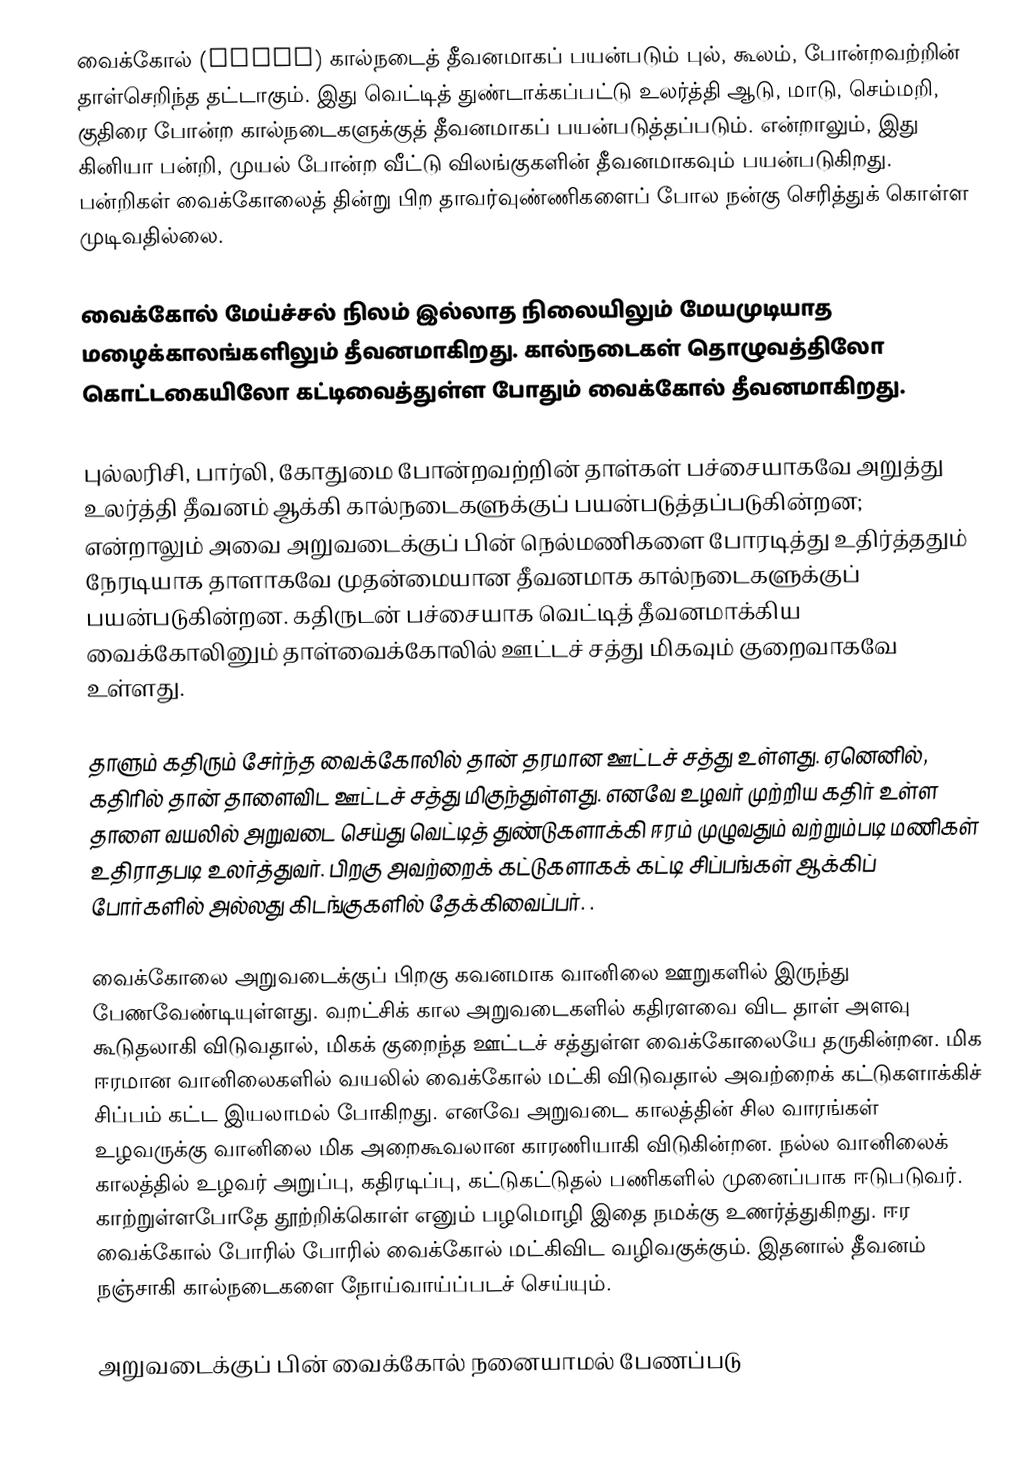
வைக்கோல் (Straw) கால்நடைத் தீவனமாகப் பயன்படும் புல், கூலம், போன்றவற்றின் தாள்செறிந்த தட்டாகும். இது வெட்டித் துண்டாக்கப்பட்டு உலர்த்தி ஆடு, மாடு, செம்மறி, குதிரை போன்ற கால்நடைகளுக்குத் தீவனமாகப் பயன்படுத்தப்படும். என்றாலும், இது கினியா பன்றி, முயல் போன்ற வீட்டு விலங்குகளின் தீவனமாகவும் பயன்படுகிறது. பன்றிகள் வைக்கோலைத் தின்று பிற தாவர்வுண்ணிகளைப் போல நன்கு செரித்துக் கொள்ள முடிவதில்லை.

வைக்கோல் மேய்ச்சல் நிலம் இல்லாத நிலையிலும் மேயமுடியாத மழைக்காலங்களிலும் தீவனமாகிறது. கால்நடைகள் தொழுவத்திலோ கொட்டகையிலோ கட்டிவைத்துள்ள போதும் வைக்கோல் தீவனமாகிறது.

புல்லரிசி, பார்லி, கோதுமை போன்றவற்றின் தாள்கள் பச்சையாகவே  அறுத்து உலர்த்தி தீவனம் ஆக்கி கால்நடைகளுக்குப் பயன்படுத்தப்படுகின்றன; என்றாலும் அவை அறுவடைக்குப் பின் நெல்மணிகளை போரடித்து உதிர்த்ததும் நேரடியாக தாளாகவே முதன்மையான தீவனமாக கால்நடைகளுக்குப் பயன்படுகின்றன. கதிருடன் பச்சையாக வெட்டித் தீவனமாக்கிய வைக்கோலினும் தாள்வைக்கோலில் ஊட்டச் சத்து மிகவும் குறைவாகவே உள்ளது.

தாளும் கதிரும் சேர்ந்த வைக்கோலில் தான் தரமான ஊட்டச் சத்து உள்ளது. ஏனெனில், கதிரில் தான் தாளைவிட  ஊட்டச் சத்து மிகுந்துள்ளது. எனவே உழவர் முற்றிய கதிர் உள்ள தாளை வயலில் அறுவடை செய்து வெட்டித் துண்டுகளாக்கி ஈரம் முழுவதும் வற்றும்படி மணிகள் உதிராதபடி உலர்த்துவர். பிறகு அவற்றைக் கட்டுகளாகக் கட்டி சிப்பங்கள் ஆக்கிப் போர்களில் அல்லது கிடங்குகளில் தேக்கிவைப்பர். .

வைக்கோலை அறுவடைக்குப் பிறகு கவனமாக வானிலை ஊறுகளில் இருந்து பேணவேண்டியுள்ளது. வறட்சிக் கால அறுவடைகளில் கதிரளவை விட தாள் அளவு கூடுதலாகி விடுவதால், மிகக் குறைந்த ஊட்டச் சத்துள்ள வைக்கோலையே தருகின்றன. மிக ஈரமான வானிலைகளில் வயலில் வைக்கோல் மட்கி விடுவதால் அவற்றைக் கட்டுகளாக்கிச் சிப்பம் கட்ட இயலாமல் போகிறது. எனவே அறுவடை காலத்தின் சில வாரங்கள் உழவருக்கு வானிலை மிக அறைகூவலான காரணியாகி விடுகின்றன. நல்ல வானிலைக் காலத்தில் உழவர் அறுப்பு, கதிரடிப்பு, கட்டுகட்டுதல் பணிகளில் முனைப்பாக ஈடுபடுவர். காற்றுள்ளபோதே தூற்றிக்கொள் எனும் பழமொழி இதை நமக்கு உணர்த்துகிறது. ஈர வைக்கோல் போரில் போரில் வைக்கோல் மட்கிவிட வழிவகுக்கும். இதனால் தீவனம் நஞ்சாகி கால்நடைகளை நோய்வாய்ப்படச் செய்யும்.

அறுவடைக்குப் பின் வைக்கோல் நனையாமல் பேணப்படு